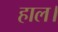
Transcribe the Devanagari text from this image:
हाल।